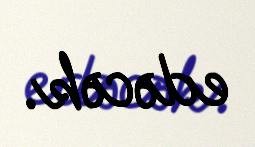
edəcək.